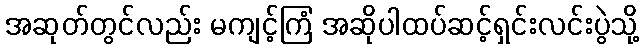
အဆုတ်တွင်လည်း မကျင့်ကြံ အဆိုပါထပ်ဆင့်ရှင်းလင်းပွဲသို့